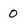
Character: 0